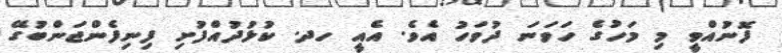
ފޮނުއްވީ މި މަހުގެ ހަވަނަ ދުވަހު އެވެ. އެއީ ހދ. ކުޅުދުއްފުށި ފިނިފެންޖަންބުގޭ